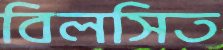
বিলসিত